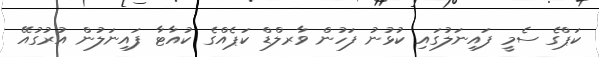
ކަޕްގެ ސެމީ ފައިނަލުގައި ކުޅުނު ފަހުން ވާރލްޑް ކަޕެއްގެ ކުއާޓާ ފައިނަލުން އުރުގުއޭ